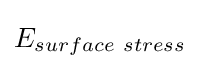
E_{surface\ stress}